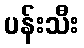
ပန်းသီး